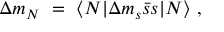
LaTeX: \Delta m _ { N } ~ = ~ \langle N | \Delta m _ { s } \bar { s } s | N \rangle \ ,